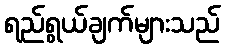
ရည်ရွယ်ချက်များသည်